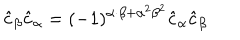
LaTeX: \hat { c } _ { \beta } \hat { c } _ { \alpha } = ( - 1 ) ^ { \alpha \cdot \beta + { \alpha } ^ { 2 } { \beta } ^ { 2 } } \hat { c } _ { \alpha } \hat { c } _ { \beta }